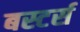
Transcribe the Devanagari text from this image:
बस्टर्स